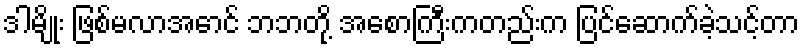
ဒါမျိုး ဖြစ်မလာအောင် ဘဘတို့ အစောကြီးကတည်းက ပြင်ဆောက်ခဲ့သင့်တာ